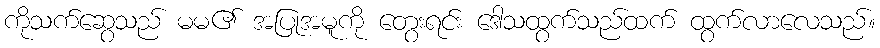
ကိုသက်ဆွေသည် မမ၏ အပြုအမူကို တွေးရင်း ဒေါသထွက်သည်ထက် ထွက်လာလေသည်။